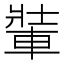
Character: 𨌄